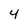
Character: 4